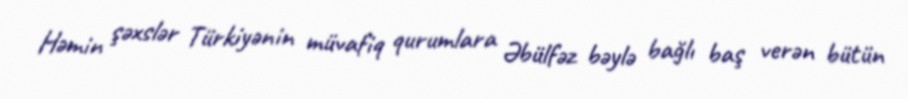
Həmin şəxslər Türkiyənin müvafiq qurumlara Əbülfəz bəylə bağlı baş verən bütün